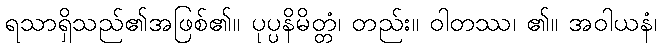
ရသာရှိသည်၏အဖြစ်၏။ ပုပ္ပနိမိတ္တံ၊ တည်း။ ဝါတဿ၊ ၏။ အဝါယနံ၊